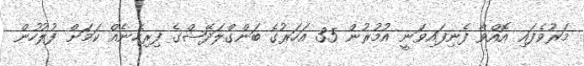
މަރުވެފައި އޮއްވާ ފެނިފައިވަނީ އުމުރުން 35 އަހަރުގެ ބަންގްލަދޭޝްގެ ފިރިހެނެއް ކަމަށް ފުލުހުން